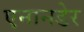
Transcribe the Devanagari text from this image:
एनानडेर